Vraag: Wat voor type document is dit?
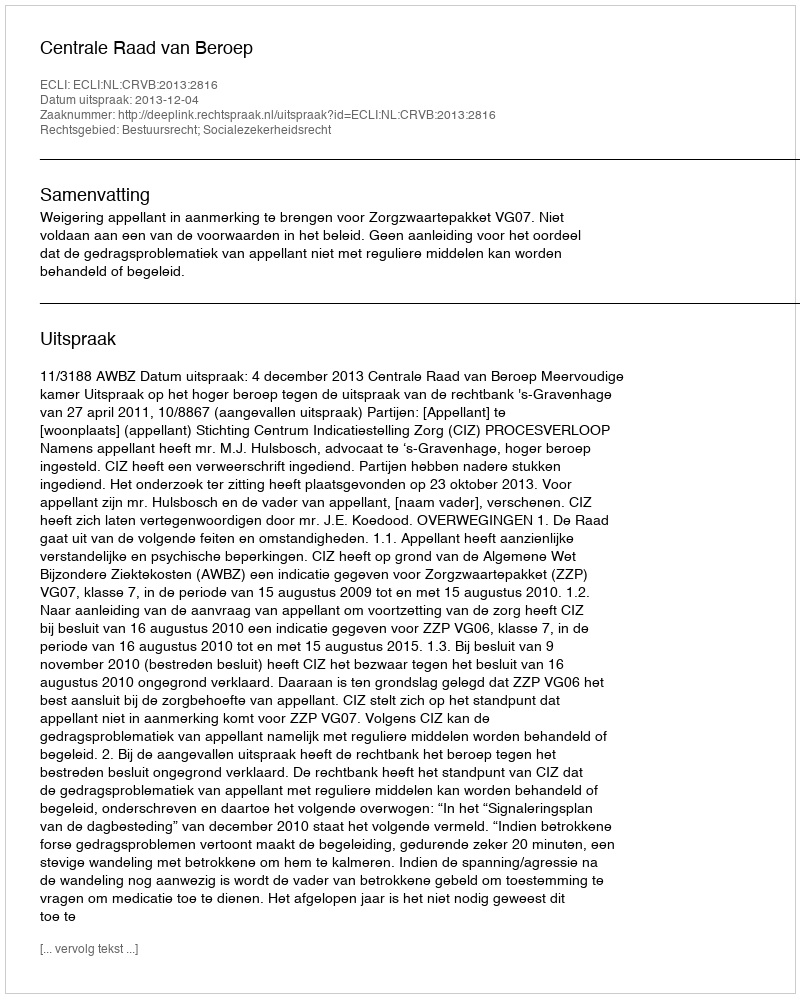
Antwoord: Uitspraak